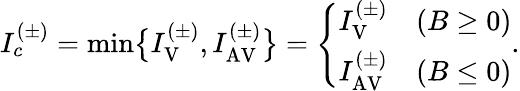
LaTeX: \begin{array}{r}{I_{c}^{(\pm)}=\mathrm{min}\bigl\{ I_{\mathrm{V}}^{(\pm)},I_{\mathrm{AV}}^{(\pm)}\bigr\} =\left\{ \begin{array}{ll}{I_{\mathrm{V}}^{(\pm)}}&{(B\ge 0)}\\ {I_{\mathrm{AV}}^{(\pm)}}&{(B\le 0)}\end{array}\right..}\end{array}